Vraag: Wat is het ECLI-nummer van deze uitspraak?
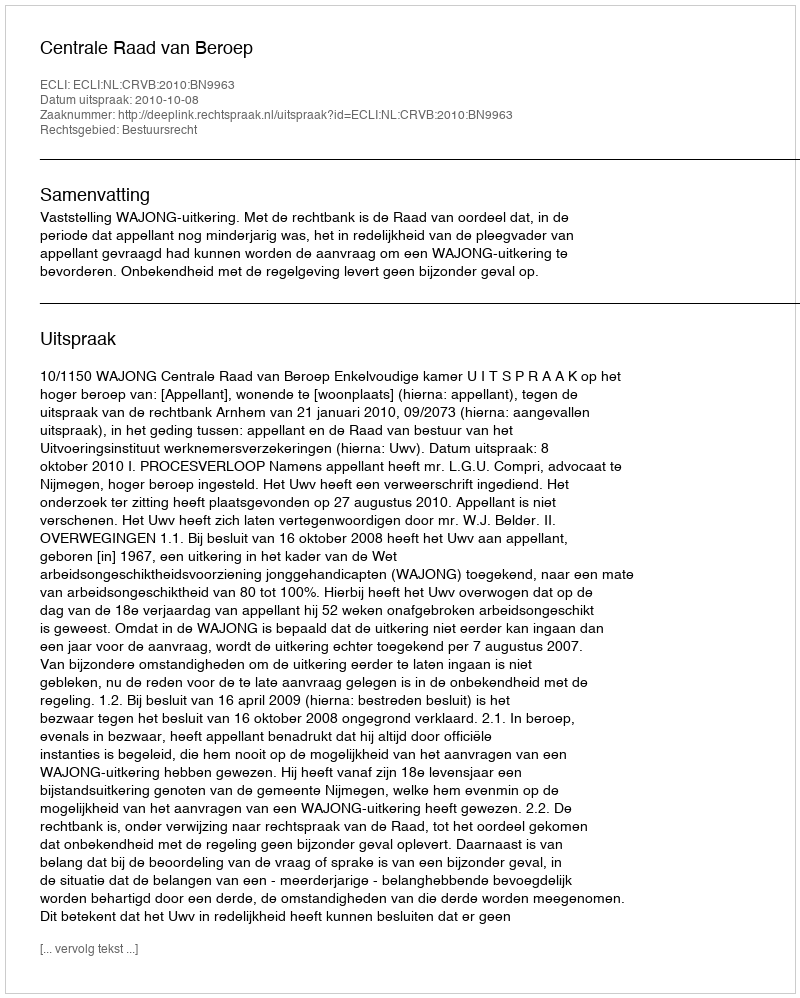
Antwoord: ECLI:NL:CRVB:2010:BN9963